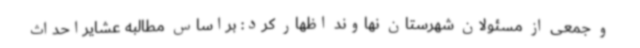
و جمعی از مسئولان شهرستان نهاوند اظهار کرد: براساس مطالبه عشایراحداث